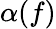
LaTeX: \alpha(f)